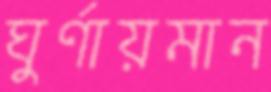
ঘুর্ণায়মান